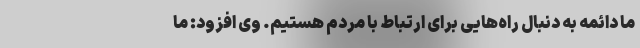
ما دائمه به دنبال راه‌هایی برای ارتباط با مردم هستیم. وی افزود: ما